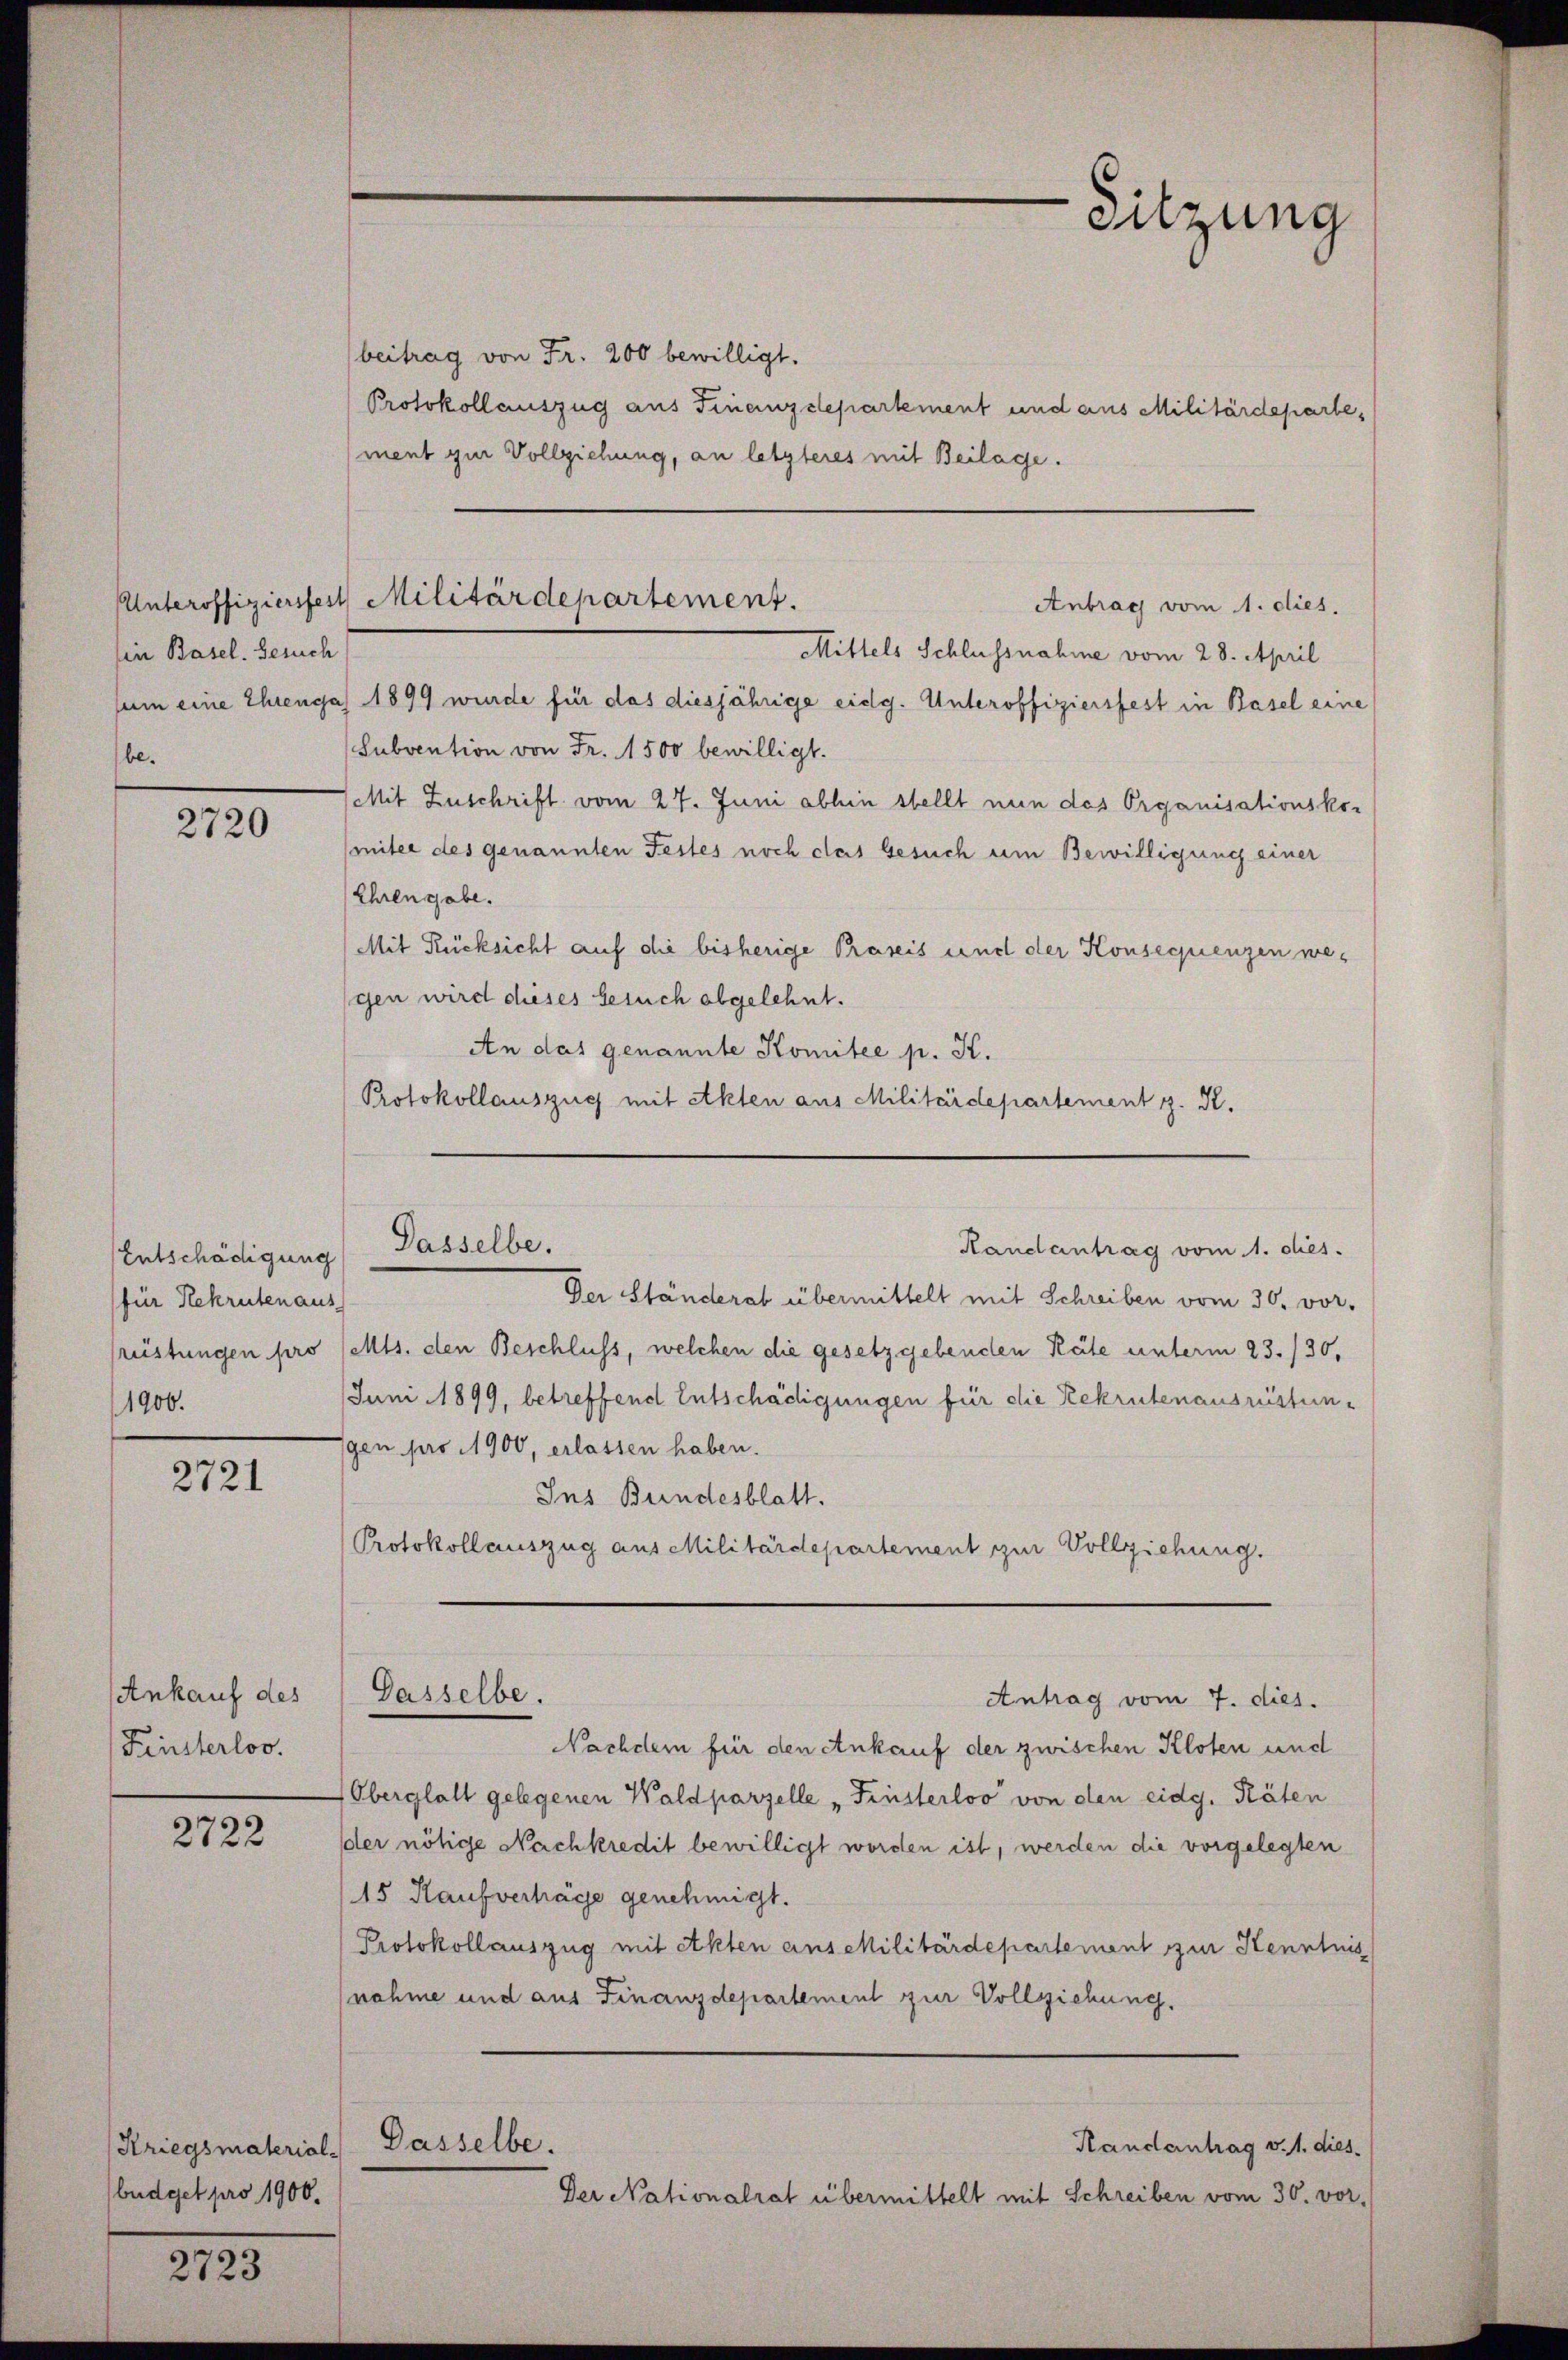
Ein Basel. Gesuch
be.

2720

Entschädigung
für Rekruten aus
rüstungen pro
1900.

2721

Ankauf des
Finsterloo.

2722

Kriegsmaterial-
büdget pro 1900.

2723

sem eine Ehrengas 1899 wurde für das diesjährige eidg. Unteroffiziersfest in Basel eine
Subvention von Fr. 1500 bewilligt.
Mit Zuschrift vom 27. Juni abhin stellt nun des Organisationskor
(mitee des genannten Festes noch das Gesuch um Bewilligung einer
Ehrengabe.
Mit Rücksicht auf die bisherige Praxis und der Konsequenzen wegen wird dieses besuch abgelehnt.
An das genannte Komitee p. K.
Protokollauszug mit Akten aus Militärdepartement z. K.

beitrag von Fr. 200 bewilligt.
Protokollauszug aus Finanzdepartement und aus Militärdepartement zur Vollziehung, an letzteres mit Beilage.

Sitzung

Unteroffiziersfest Militärdepartement.
Antrag vom 1. dies.
Mittels Schlussnahme vom 28. April

Der Ständerab übermittelt mit Schreiben vom 30. vor.
Mts. den Beschluss, welchen die gesetzgebenden Räte unterm 23./30.
Juni 1899, betreffend Entschädigungen für die Rekrutenausrüstungen pro 1900, erlassen haben.
Ins Bundesblatt.
Protokollauszug aus Militärdepartement zur Vollziehung.
Nachdem für den Ankauf der zwischen Kloten und
Oberglatt gelegenen Waldparzelle „Finsterloo von den eidg. Räten
der nötige Nachkredit bewilligt worden ist, werden die vorgelegten
15 Kaufverhäge genehmigt.
Protokollauszug mit Akten anschilitärdepartement zur Kenntnis
nahme und aus Finanzdepartement zur Vollziehung.
Dasselbe.
Randantrag v. 1. dies
Der Nationalrat übermittelt mit Schreiben vom 30. vor.

Passelbe.
Handantrag vom 1. dies.

Gasselbe.

Antrag vom 7. dies.